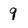
Character: 9